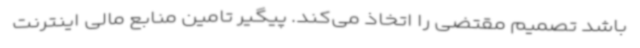
باشد تصمیم مقتضی را اتخاذ می‌کند. پیگیر تامین منابع مالی اینترنت